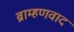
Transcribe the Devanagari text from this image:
ब्राम्हणवाद